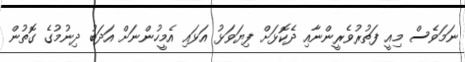
ނަމަވެސް މިއީ ފަތުރުވެރީންނާއި ދެކޮޅަށް ފިޔަވަޅު އަޅައި އެމީހުންނަށް އަދަބު ދިނުމުގެ ގޮތުން